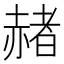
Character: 赭